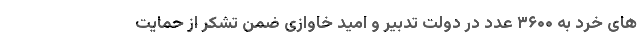
های خرد به ۳۶۰۰ عدد در دولت تدبیر و امید خاوازی ضمن تشکر از حمایت